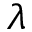
\lambda